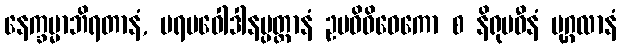
နေက္ခမ္မာဘိရတာနံ, ပရမဝေါဒါနပ္ပတ္တာနံ ဥပဓိဝိဝေကော စ နိရုပဓီနံ ပုဂ္ဂလာနံ